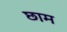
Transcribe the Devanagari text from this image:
छाम